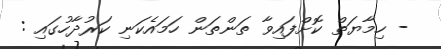
- ހިމާޔަތް ކޮށްފައިވާ ތަންތަން ހަމައެކަނި ކަރުދާހުގައި :